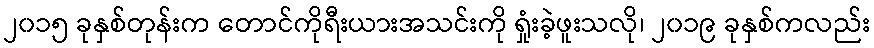
၂၀၁၅ ခုနှစ်တုန်းက တောင်ကိုရီးယားအသင်းကို ရှုံးခဲ့ဖူးသလို၊ ၂၀၁၉ ခုနှစ်ကလည်း